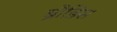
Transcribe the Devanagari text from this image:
ब्रौडिस